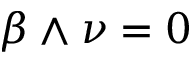
\beta \wedge \nu = 0